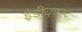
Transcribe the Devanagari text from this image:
इंडीकास्ट